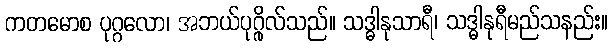
ကတမောစ ပုဂ္ဂလော၊ အဘယ်ပုဂ္ဂိုလ်သည်။ သဒ္ဓါနုသာရီ၊ သဒ္ဓါနုရီမည်သနည်း။